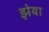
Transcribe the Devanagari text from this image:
झेया